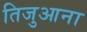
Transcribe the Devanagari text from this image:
तिजुआना